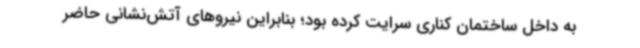
به داخل ساختمان کناری سرایت کرده بود؛ بنابراین نیروهای آتش‌نشانی حاضر